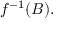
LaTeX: f ^ { - 1 } ( B ) .